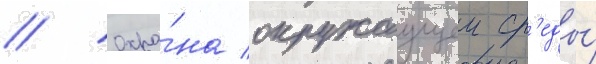
// Охра́на окружаущеи ср'еды́